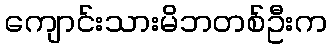
ကျောင်းသားမိဘတစ်ဦးက